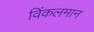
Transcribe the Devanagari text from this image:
विंकलमान